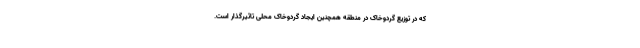
که در توزیع گردوخاک در منطقه همچنین ایجاد گردوخاک محلی تاثیرگذار است.